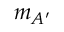
m _ { A ^ { \prime } }